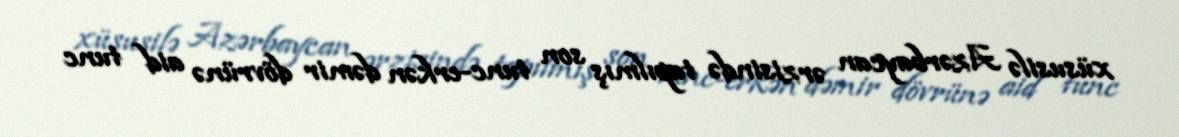
xüsusilə Azərbaycan ərzisində tapılmış son tunc-erkən dəmir dövrünə aid tunc